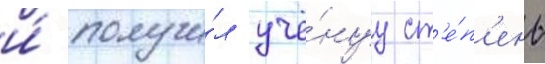
и́ получи́л учё́нуу ст'е́п'ень